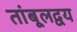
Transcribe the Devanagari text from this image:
तांबूलद्वय